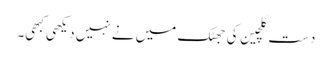
دستِ گلچین کی جھٹک میں نے نہیں دیکھی کبھی۔